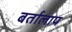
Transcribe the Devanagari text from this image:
बर्तालाप